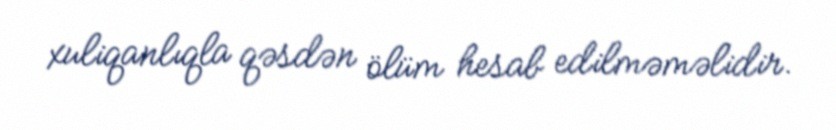
xuliqanlıqla qəsdən ölüm hesab edilməməlidir.